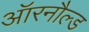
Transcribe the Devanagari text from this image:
ऑरनौल्ड